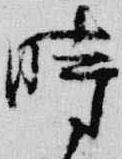
時